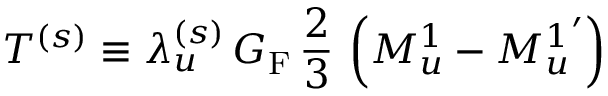
T ^ { ( s ) } \equiv \lambda _ { u } ^ { ( s ) } \, G _ { \mathrm { F } } \, \frac { 2 } { 3 } \, \left( M _ { u } ^ { 1 } - { M _ { u } ^ { 1 } } ^ { \prime } \right)